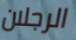
الرجلان